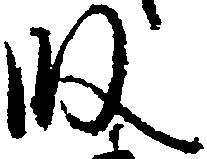
段